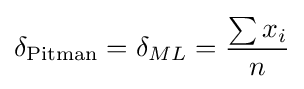
\delta _{\text{Pitman}}=\delta _{ML}={\frac {\sum {x_{i}}}{n}}